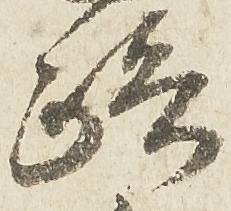
路